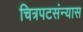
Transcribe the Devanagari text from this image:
चित्रपटसंन्यास